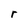
Character: r